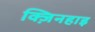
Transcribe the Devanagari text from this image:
क्ज़िनहाइ